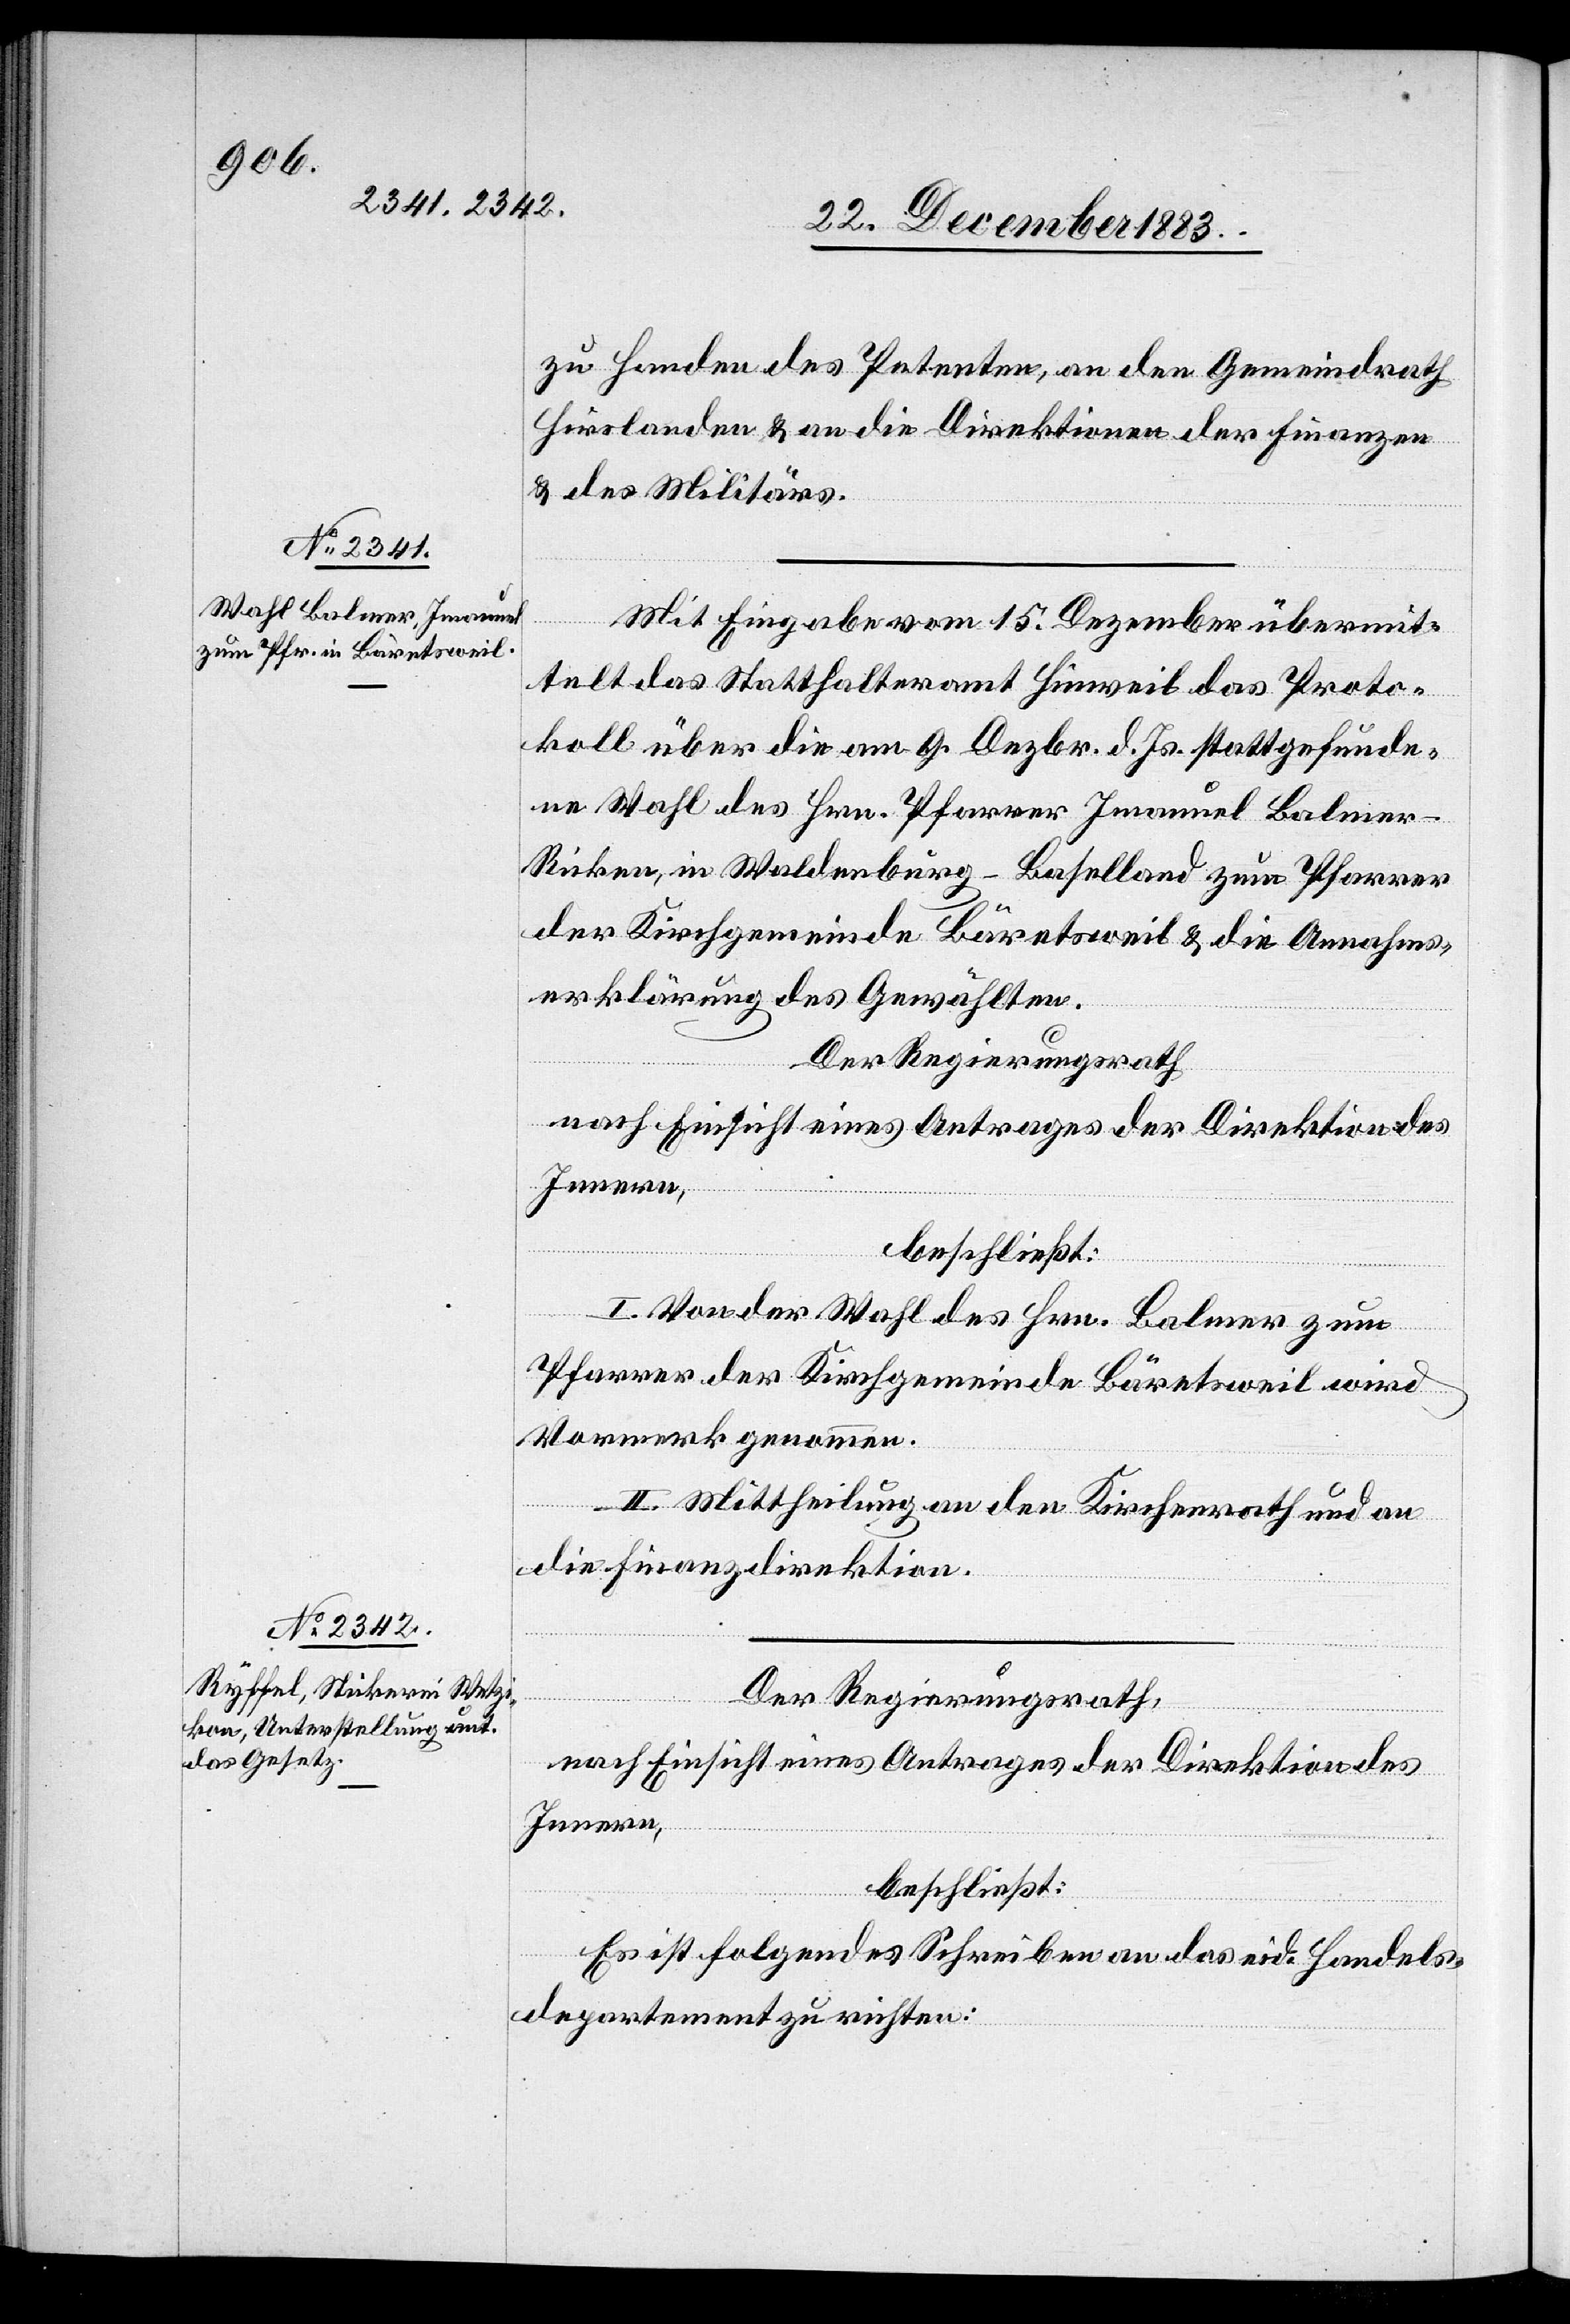
zu Handen des Petenten, an den Gemeindrath
Hirslanden & an die Direktionen der Finanzen
& des Militärs.
Mit Eingabe vom 15. Dezember übermit¬
telt das Statthalteramt Hinweil das Proto¬
koll über die am 9. Dezbr. d. Js. stattgefunde¬
ne Wahl des Hrn. Pfarrer Imanuel Balmer
Ricken, in Waldenburg - Baselland zum Pfarrer
der Kirchgemeinde Bäretsweil & die Annahms¬
erklärung des Gewählten.
Der Regierungsrath,
nach Einsicht eines Antrages der Direktion des
Innern,
beschließt:
I. Von der Wahl des Hrn. Balmer zum
Pfarrer der Kirchgemeinde Bäretsweil wird
Vormerk genommen.
II. Mittheilung an den Kirchenrath und an
die Finanzdirektion.
Der Regierungsrath,
nach Einsicht eines Antrages der Direktion des
Innern,
beschließt:
Es ist folgendes Schreiben an das eid. Handels¬
departement zu richten: